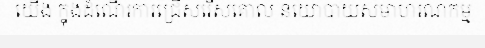
យើង ក្នុងដំណើរការជ្រើសរើសគោល នយោបាយសមាហរណកម្ម